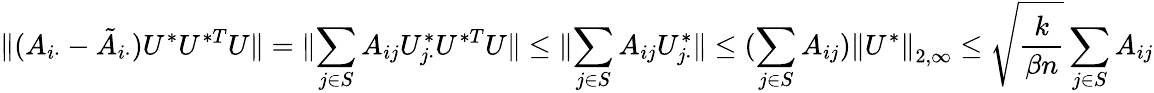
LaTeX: \| {(A_{i\cdot}-\tilde{A}_{i\cdot})U^{*}U^{*T}U}\| =\| {\sum_{j\in S}A_{ij}U_{j\cdot}^{*}U^{*T}U}\| \leq\| {\sum_{j\in S}A_{ij}U_{j\cdot}^{*}}\| \leq(\sum_{j\in S}A_{ij})\left\| {U^{*}}\right\| _{2,\infty}\leq\sqrt{\frac{k}{\beta n}}\sum_{j\in S}A_{ij}